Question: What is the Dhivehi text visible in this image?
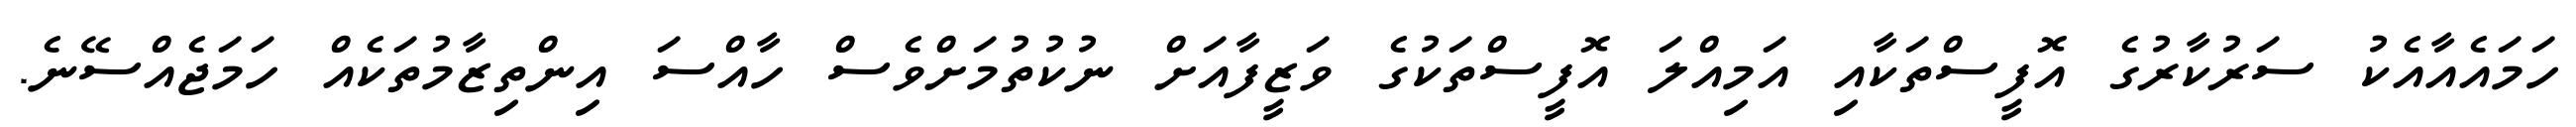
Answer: ހަމައެއާއެކު ސަރުކާރުގެ އޮފީސްތަކާއި އަމިއްލަ އޮފީސްތަކުގެ ވަޒީފާއަށް ނުކުތުމަށްވެސް ހާއްސަ އިންތިޒާމުތަކެއް ހަމަޖެއްސޭނެ.